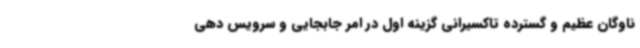
ناوگان عظیم و گسترده تاکسیرانی گزینه اول در امر جابجایی و سرویس دهی